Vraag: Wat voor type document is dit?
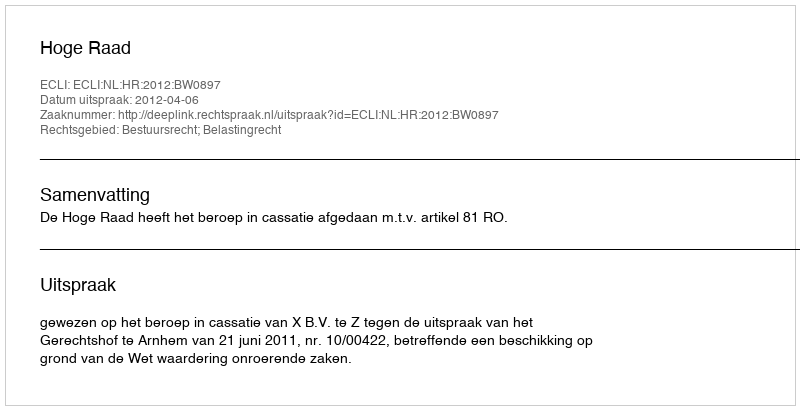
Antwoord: Uitspraak